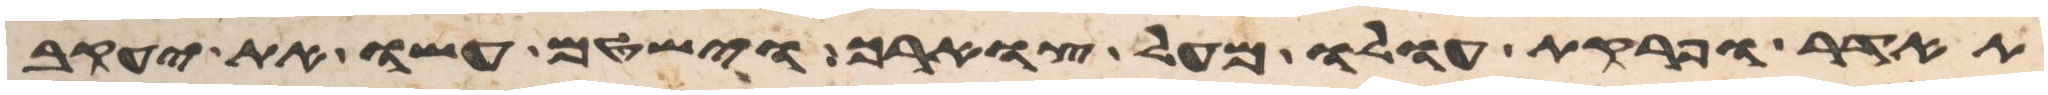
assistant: תהדר ופרקת עולו מעל צוארך וישטם עשו את יעקב